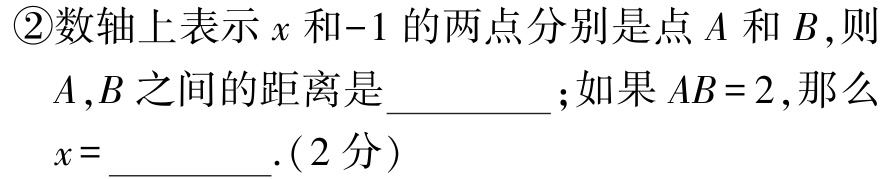
\textcircled{2}数轴上表示\(x\)和\(-1\)的两点分别是点\(A\)和\(B\),则\(A,B\)之间的距离是__________；如果\(AB = 2\),那么\(x =\)__________.(2分）